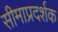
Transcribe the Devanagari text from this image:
सीमाप्रदर्शक